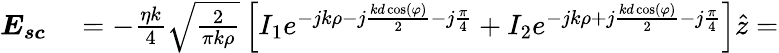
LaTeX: \begin{array}{rl}{\boldsymbol{E_{sc}}}&{{}=-\frac{\eta k}{4}\sqrt{\frac{2}{\pi k\rho}}\left[I_{1}e^{-jk\rho-j\frac{kd\cos(\varphi)}{2}-j\frac{\pi}{4}}+I_{2}e^{-jk\rho+j\frac{kd\cos(\varphi)}{2}-j\frac{\pi}{4}}\right]\hat{z}=}\end{array}